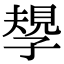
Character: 𡦑